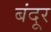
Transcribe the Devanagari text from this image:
बंदूर